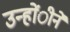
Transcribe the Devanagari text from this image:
उन्होंीने